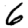
Digit: 6